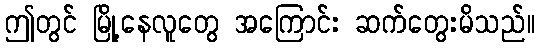
ဤတွင် မြို့နေလူတွေ အကြောင်း ဆက်တွေးမိသည်။